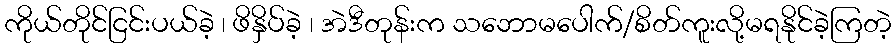
ကိုယ်တိုင်ငြင်းပယ်ခဲ့ ၊ ဖိနှိပ်ခဲ့ ၊ အဲဒီတုန်းက သဘောမပေါက်/စိတ်ကူးလို့မရနိုင်ခဲ့ကြတဲ့